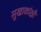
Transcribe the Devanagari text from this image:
सुखाकांक्षी